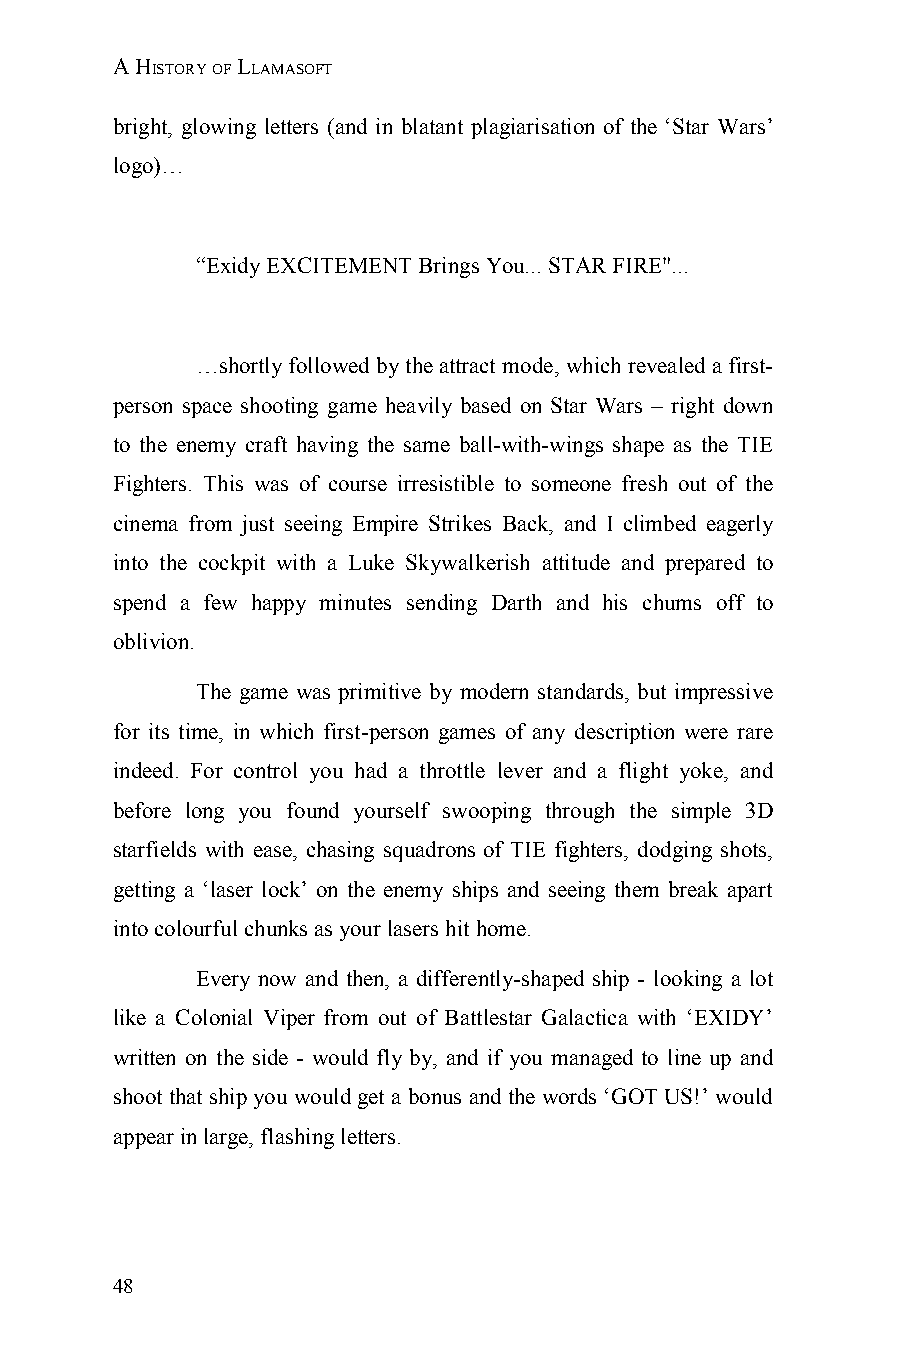
A HISTORY OF LLAMASOFT
 bright, glowing letters (and in blatant plagiarisation of the ‘Star Wars’
 logo)…
 “Exidy EXCITEMENT Brings You... STAR FIRE"...
 …shortly followed by the attract mode, which revealed a first-
 person space shooting game heavily based on Star Wars – right down
 to the enemy craft having the same ball-with-wings shape as the TIE
 Fighters. This was of course irresistible to someone fresh out of the
 cinema from just seeing Empire Strikes Back, and I climbed eagerly
 into the cockpit with a Luke Skywalkerish attitude and prepared to
 spend a few happy minutes sending Darth and his chums off to
 oblivion.
 The game was primitive by modern standards, but impressive
 for its time, in which first-person games of any description were rare
 indeed. For control you had a throttle lever and a flight yoke, and
 before long you found yourself swooping through the simple 3D
 starfields with ease, chasing squadrons of TIE fighters, dodging shots,
 getting a ‘laser lock’ on the enemy ships and seeing them break apart
 into colourful chunks as your lasers hit home.
 Every now and then, a differently-shaped ship - looking a lot
 like a Colonial Viper from out of Battlestar Galactica with ‘EXIDY’
 written on the side - would fly by, and if you managed to line up and
 shoot that ship you would get a bonus and the words ‘GOT US!’ would
 appear in large, flashing letters.
 48